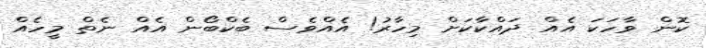
ކޮން ވާހަކަ އެއް ދައްކާކަށް މިހާރު! އެއްވެސް ބެކްބޯން އެއް ނެތް މީހެއް